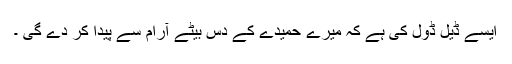
ایسے ڈیل ڈول کی ہے کہ میرے حمیدے کے دس بیٹے آرام سے پیدا کر دے گی ۔